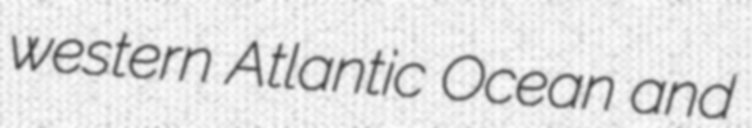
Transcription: western Atlantic Ocean and